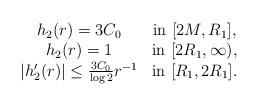
LaTeX: \begin{align*}\begin{array}{cc}h_2(r)= 3C_0 & \textup{in}\ [2M,R_1],\\h_2(r)= 1 & \textup{in}\ [2R_1,\infty),\\|h_2'(r)|\leq \frac{3C_0}{\log 2}r^{-1}& \textup{in}\ [R_1,2R_1].\end{array}\end{align*}